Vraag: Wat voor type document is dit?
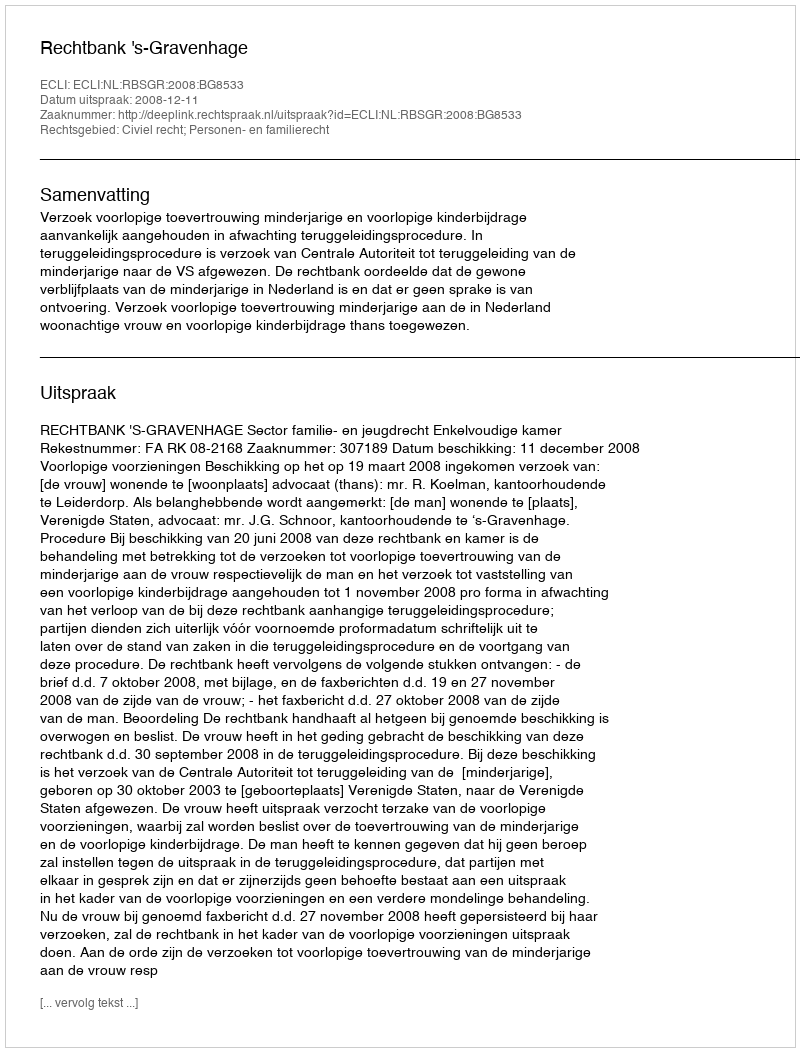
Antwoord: Uitspraak